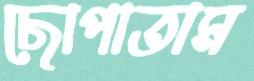
ছোপাতাম